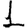
Digit: 1